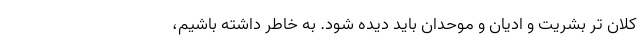
کلان تر بشریت و ادیان و موحدان باید دیده شود. به خاطر داشته باشیم،